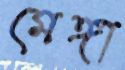
মেঙ্গা